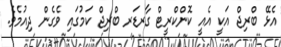
އެޅޭ ބްރިޖް އަކީ އެއީ ކޮންކްރީޓް ގާރޑަރ ބްރިޖް ކަމުގައި ވެގެން ދިއުމެވެ.